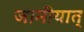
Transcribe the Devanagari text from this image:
जानीयात्